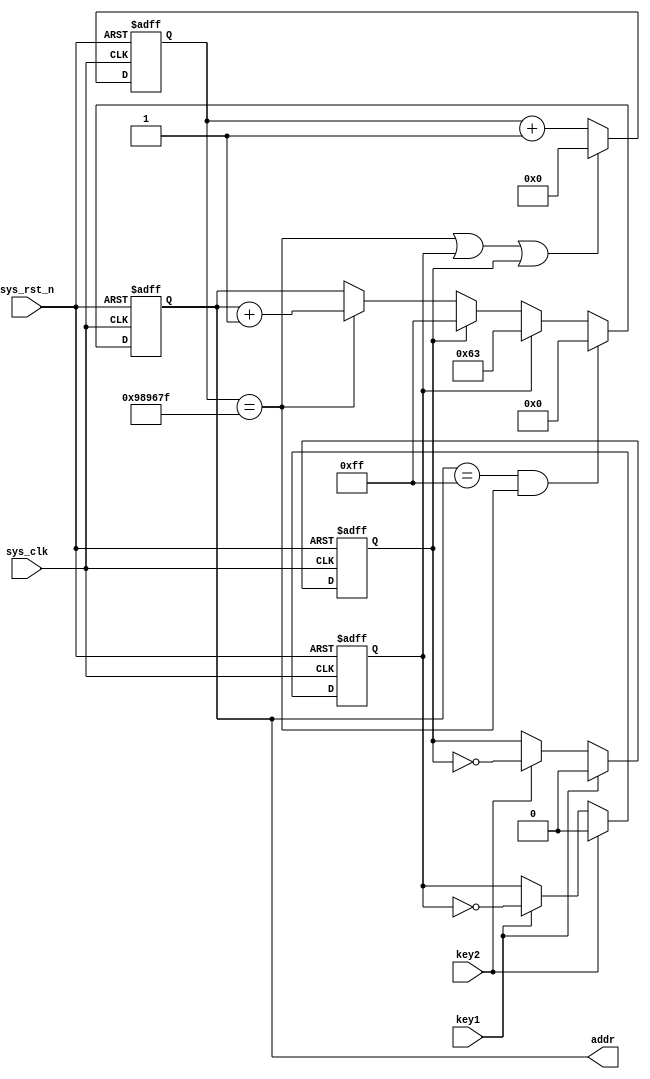
module  rom_ctrl
#(
    parameter   CNT_MAX = 24'd9_999_999
)
(
    input   wire            sys_clk     ,
    input   wire            sys_rst_n   ,
    input   wire            key1        ,
    input   wire            key2        ,

    output  reg     [7:0]   addr

);

reg     [23:0]  cnt_200ms   ;
reg             key1_en     ;
reg             key2_en     ;

always@(posedge sys_clk or negedge sys_rst_n)
    if(sys_rst_n == 1'b0)
        cnt_200ms   <=  24'd0;
    else    if(cnt_200ms == CNT_MAX || key1_en == 1'b1 || key2_en == 1'b1)
        cnt_200ms   <=  24'd0;
    else
        cnt_200ms   <=  cnt_200ms + 1'b1;

always@(posedge sys_clk or negedge sys_rst_n)
    if(sys_rst_n == 1'b0)
        key1_en <=  1'b0;
    else    if(key2 == 1'b1)
        key1_en <=  1'b0;
    else    if(key1 == 1'b1)
        key1_en <=  ~key1_en;
    else
        key1_en <=  key1_en;

always@(posedge sys_clk or negedge sys_rst_n)
    if(sys_rst_n == 1'b0)
        key2_en <=  1'b0;
    else    if(key1 == 1'b1)
        key2_en <=  1'b0;
    else    if(key2 == 1'b1)
        key2_en <=  ~key2_en;
    else
        key2_en <=  key2_en;

always@(posedge sys_clk or negedge sys_rst_n)
    if(sys_rst_n == 1'b0)
        addr    <=  8'd0;
    else    if(addr == 8'd255 && cnt_200ms == CNT_MAX)
        addr    <=  8'd0;
    else    if(key1_en == 1'b1)
        addr    <=  8'd99;
    else    if(key2_en == 1'b1)
        addr    <=  8'd255;
    else    if(cnt_200ms == CNT_MAX)
        addr    <=  addr + 1'b1;

endmodule